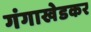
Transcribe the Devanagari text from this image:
गंगाखेडकर